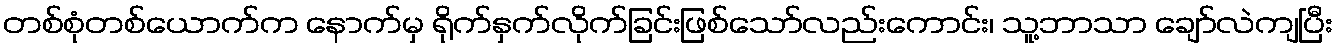
တစ်စုံတစ်ယောက်က နောက်မှ ရိုက်နှက်လိုက်ခြင်းဖြစ်သော်လည်းကောင်း၊ သူ့ဘာသာ ချော်လဲကျပြီး